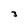
Character: 3